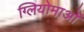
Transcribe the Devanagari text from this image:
ग्लियोमाओं